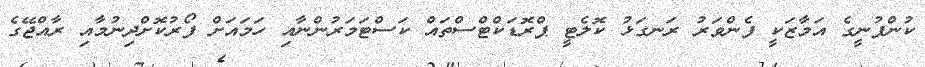
ކުންފުނީގެ އަމާޒަކީ ފެންވަރު ރަނގަޅު ކޮލެޓީ ޕްރޮޑަކްޓްސްތައް ކަސްޓަމަރުންނާއި ހަމައަށް ފޯރުކޮށްދިނުމާއި ރާއްޖޭގެ